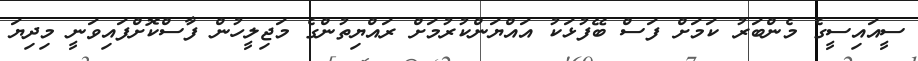
ސީއައިސީގެ މެންބަރު ކަމަށް ފަސް ބޭފުޅަކު އައްޔަންކުރުމަށް ރައްޔިތުންގެ މަޖިލީހުން ފާސްކޮށްފައިވަނީ މިދިޔަ